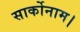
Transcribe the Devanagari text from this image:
सार्कोनाम।